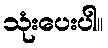
သုံးပေးပါ။